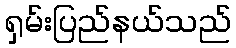
ရှမ်းပြည်နယ်သည်